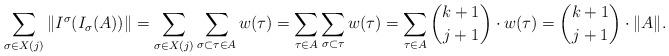
LaTeX: \begin{align*}\sum_{\sigma \in X(j)} \|I^\sigma(I_\sigma(A))\| = \sum_{\sigma\in X(j)} \sum_{\sigma \subset \tau \in A} w(\tau)= \sum_{\tau \in A} \sum_{\sigma \subset \tau} w(\tau) = \sum_{\tau \in A} {k+1 \choose j+1} \cdot w(\tau) = {k+1 \choose j+1} \cdot \|A\|.\end{align*}